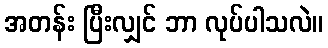
အတန်း ပြီးလျှင် ဘာ လုပ်ပါသလဲ။